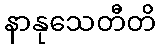
နာနုသေတီတိ